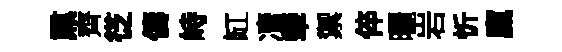
𤋱齊徔儔峙缸凟犖禦倅曬岩忻廩